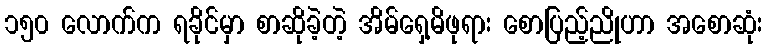
၁၅၀ လောက်က ရခိုင်မှာ စာဆိုခဲ့တဲ့ အိမ်ရှေ့မိဖုရား စောပြည့်ညိုဟာ အစောဆုံး